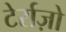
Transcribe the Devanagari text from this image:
टेर्राज़ो